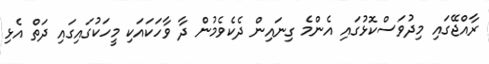
ރާއްޖޭގައި މިދުވަސްކޮޅުގައި އެންމެ ގިނައިން ދެކެވެމުން ދާ ވާހަކައަކި މީހަކުގައިގައި ދަތް އެޅި